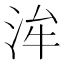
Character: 洠